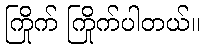
ကြိုက် ကြိုက်ပါတယ်။